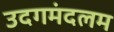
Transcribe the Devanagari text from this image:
उदगमंदलम